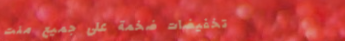
تخفيضات ضخمة على جميع منت